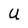
Character: U